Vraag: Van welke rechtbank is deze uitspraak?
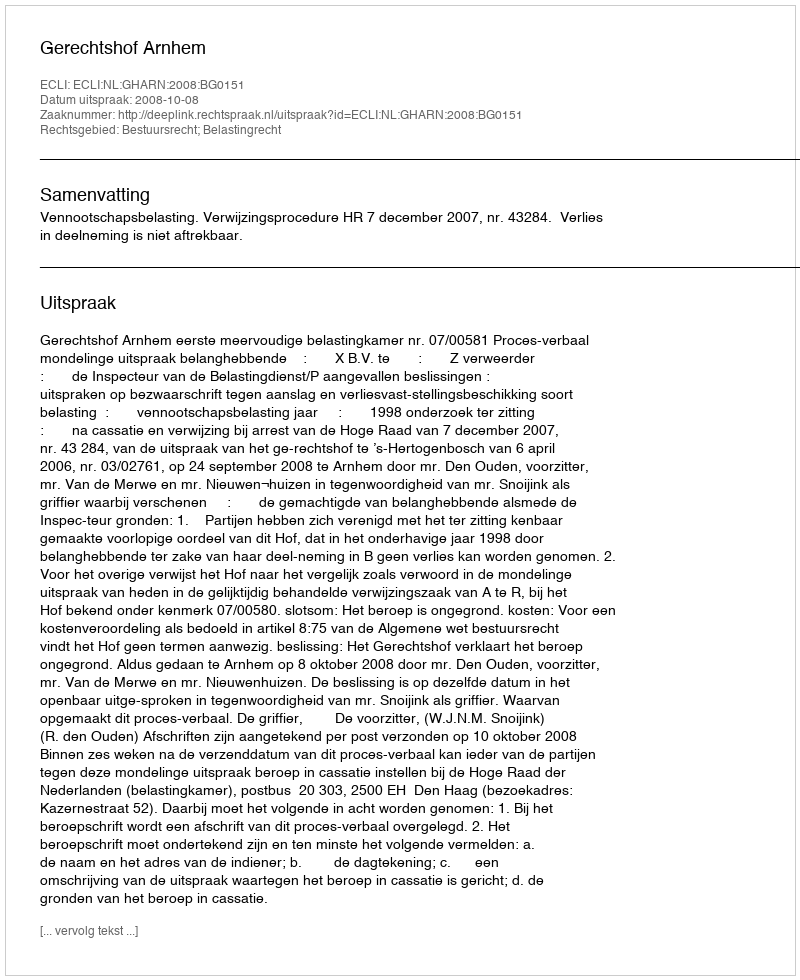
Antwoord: Gerechtshof Arnhem